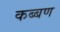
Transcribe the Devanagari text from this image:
कब्बण